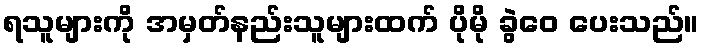
ရသူများကို အမှတ်နည်းသူများထက် ပိုမို ခွဲဝေ ပေးသည်။